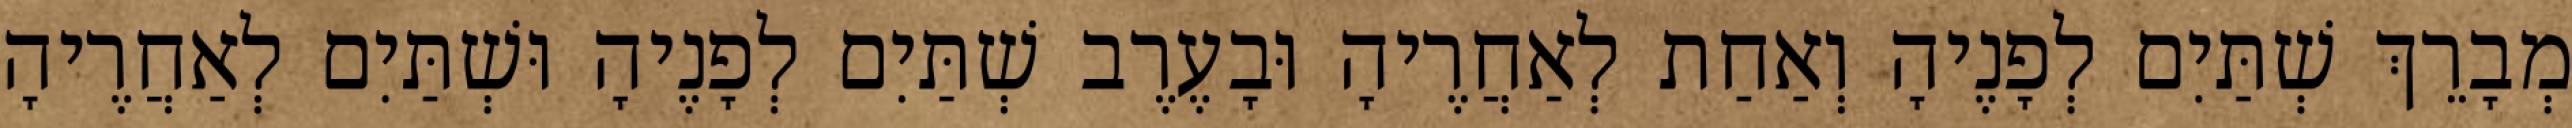
מְבָרֵךְ שְׁתַּיִם לְפָנֶיהָ וְאַחַת לְאַחֲרֶיהָ וּבָעֶרֶב שְׁתַּיִם לְפָנֶיהָ וּשְׁתַּיִם לְאַחֲרֶיהָ